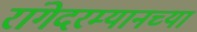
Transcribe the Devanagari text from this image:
रांगेदरम्यानच्या